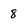
Character: 8